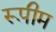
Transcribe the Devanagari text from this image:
रूपीम